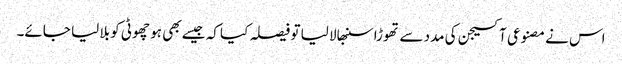
اس نے مصنوعی آکسیجن کی مدد سے تھوڑا سنبھالا لیا تو فیصلہ کیا کہ جیسے بھی ہو چھوٹی کو بلا لیا جائے۔